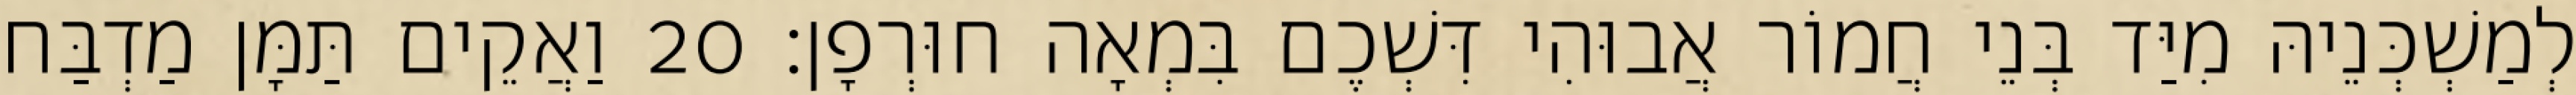
לְמַשְׁכְּנֵיהּ מִיַּד בְּנֵי חֲמוֹר אֲבוּהִי דִּשְׁכֶם בִּמְאָה חוּרְפָן׃ 20 וַאֲקֵים תַּמָּן מַדְבַּח